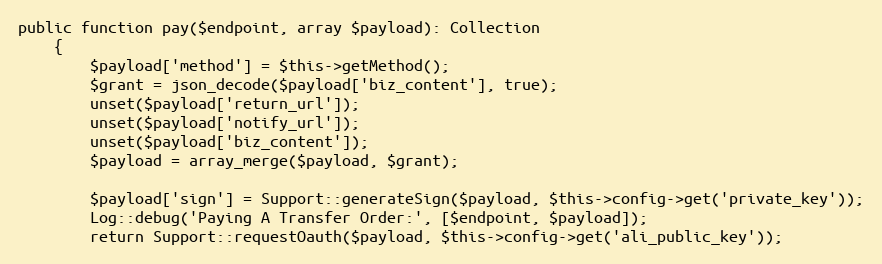
Language: PHP
public function pay($endpoint, array $payload): Collection
    {
        $payload['method'] = $this->getMethod();
        $grant = json_decode($payload['biz_content'], true);
		unset($payload['return_url']);
		unset($payload['notify_url']);
		unset($payload['biz_content']);
		$payload = array_merge($payload, $grant);

        $payload['sign'] = Support::generateSign($payload, $this->config->get('private_key'));
        Log::debug('Paying A Transfer Order:', [$endpoint, $payload]);
        return Support::requestOauth($payload, $this->config->get('ali_public_key'));